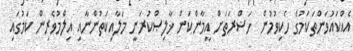
އެއްކައުވަންތަކަމުގެ ހެކިވުމުން  ހަޟްރަތަށް އީމާންކަން ޚާލިޞްކުރަނީ މަލާއިކަތުންނާއި އިލްމުވެރިން ކަމުގައި